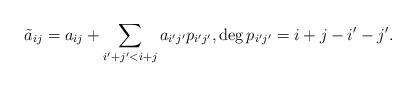
LaTeX: \begin{align*}\tilde a_{ij} = a_{ij}+ \sum_{i'+j'<i+j}a_{i'j'} p_{i'j'},\deg p_{i'j'}=i+j-i'-j'.\end{align*}